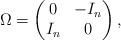
LaTeX: \begin{align*}\Omega=\left(\begin{matrix} 0 & -I_n \\ I_n & 0 \end{matrix}\right),\end{align*}